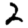
Digit: 2